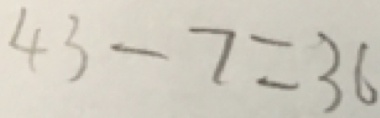
4 3 - 7 = 3 6